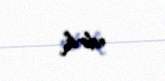
edirik.